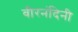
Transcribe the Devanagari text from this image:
वीरनंदिनी